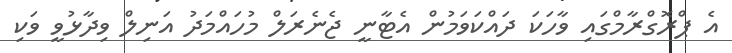
އެ ޕްރޮގްރާމްގައި ވާހަކަ ދައްކަވަމުން އެޓާނީ ޖެނެރަލް މުހައްމަދު އަނިލް ވިދާޅުވީ ވަކި